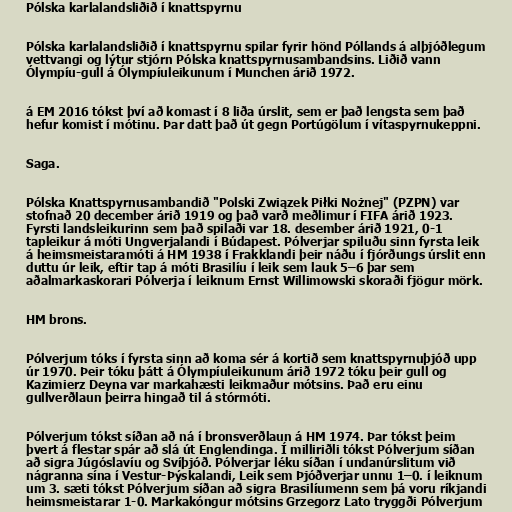
Pólska karlalandsliðið í knattspyrnu

Pólska karlalandsliðið í knattspyrnu spilar fyrir hönd Póllands á alþjóðlegum
vettvangi og lýtur stjórn Pólska knattspyrnusambandsins. Liðið vann
Ólympíu-gull á Ólympíuleikunum í Munchen árið 1972.

á EM 2016 tókst því að komast í 8 liða úrslit, sem er það lengsta sem það
hefur komist í mótinu. Þar datt það út gegn Portúgölum í vítaspyrnukeppni.

Saga.

Pólska Knattspyrnusambandið "Polski Związek Piłki Nożnej" (PZPN) var
stofnað 20 december árið 1919 og það varð meðlimur í FIFA árið 1923.
Fyrsti landsleikurinn sem það spilaði var 18. desember árið 1921, 0-1
tapleikur á móti Ungverjalandi í Búdapest. Pólverjar spiluðu sinn fyrsta leik
á heimsmeistaramóti á HM 1938 í Frakklandi þeir náðu í fjórðungs úrslit enn
duttu úr leik, eftir tap á móti Brasilíu í leik sem lauk 5–6 þar sem
aðalmarkaskorari Pólverja í leiknum Ernst Willimowski skoraði fjögur mörk.

HM brons.

Pólverjum tóks í fyrsta sinn að koma sér á kortið sem knattspyrnuþjóð upp
úr 1970. Þeir tóku þátt á Ólympíuleikunum árið 1972 tóku þeir gull og
Kazimierz Deyna var markahæsti leikmaður mótsins. Það eru einu
gullverðlaun þeirra hingað til á stórmóti.

Pólverjum tókst síðan að ná í bronsverðlaun á HM 1974. Þar tókst þeim
þvert á flestar spár að slá út Englendinga. Í milliriðli tókst Pólverjum síðan
að sigra Júgóslavíu og Svíþjóð. Pólverjar léku síðan í undanúrslitum við
nágranna sína í Vestur-Þýskalandi, Leik sem Þjóðverjar unnu 1–0. í leiknum
um 3. sæti tókst Pólverjum síðan að sigra Brasilíumenn sem þá voru ríkjandi
heimsmeistarar 1-0. Markakóngur mótsins Grzegorz Lato tryggði Pólverjum